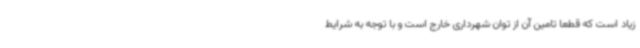
زیاد است که قطعا تامین آن از توان شهرداری خارج است و با توجه به شرایط